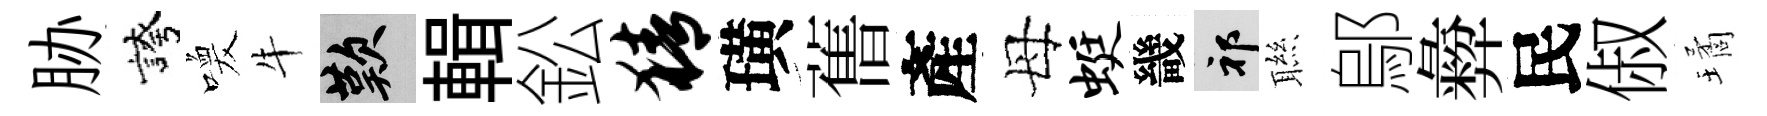
胁誇喚牛嘆輯鈆猜璜𦾔產母蜓畿祁聮鄔彜民俶璚